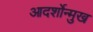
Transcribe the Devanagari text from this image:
आदर्शोन्‍मुख